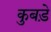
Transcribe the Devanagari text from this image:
कुबड़े